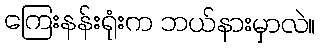
ကြေးနန်းရုံးက ဘယ်နားမှာလဲ။